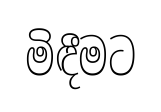
මිඳීමට